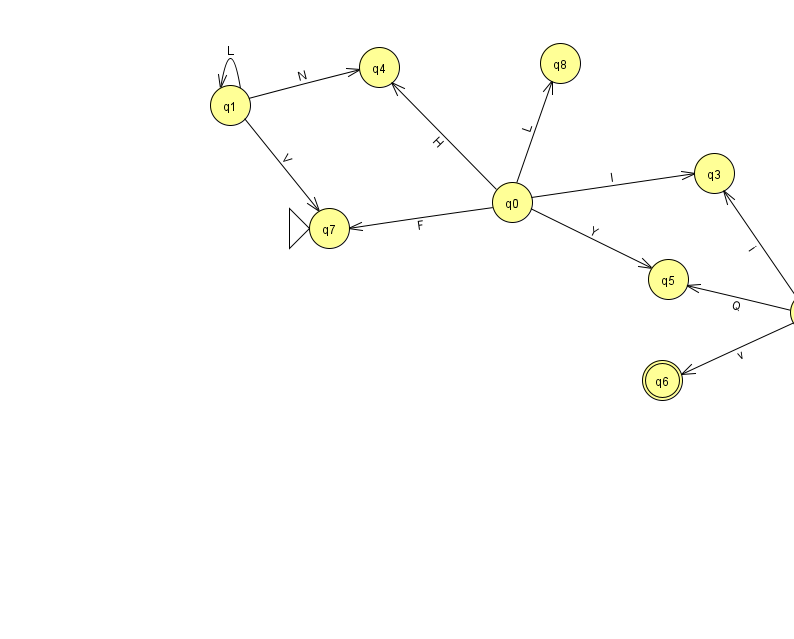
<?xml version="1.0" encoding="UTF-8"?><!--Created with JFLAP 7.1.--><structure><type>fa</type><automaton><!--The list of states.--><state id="0" name="q0"><x>512.0</x><y>189.0</y></state><state id="1" name="q1"><x>230.0</x><y>92.0</y></state><state id="2" name="q2"><x>810.0</x><y>299.0</y></state><state id="3" name="q3"><x>714.0</x><y>160.0</y></state><state id="4" name="q4"><x>379.0</x><y>54.0</y></state><state id="5" name="q5"><x>668.0</x><y>266.0</y></state><state id="6" name="q6"><x>662.0</x><y>367.0</y><final/></state><state id="7" name="q7"><x>329.0</x><y>215.0</y><initial/></state><state id="8" name="q8"><x>560.0</x><y>50.0</y></state><!--The list of transitions.--><transition><from>2</from><to>5</to><read>Q</read></transition><transition><from>0</from><to>4</to><read>H</read></transition><transition><from>2</from><to>6</to><read>v</read></transition><transition><from>1</from><to>7</to><read>V</read></transition><transition><from>0</from><to>7</to><read>F</read></transition><transition><from>1</from><to>4</to><read>N</read></transition><transition><from>0</from><to>3</to><read>I</read></transition><transition><from>0</from><to>5</to><read>Y</read></transition><transition><from>2</from><to>3</to><read>i</read></transition><transition><from>1</from><to>1</to><read>L</read></transition><transition><from>0</from><to>8</to><read>L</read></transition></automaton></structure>